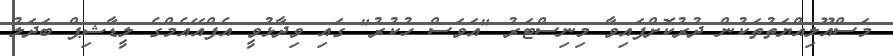
މަސްއޫލިއްޔަތުތަކުން ދުރުކޮށްފައިވާ މިނިސްޓަރު "އަވަސް ހުކުރު" ގައި ވިދާޅުވީ އެފްއޭއެމްގެ ލީޑާޝިޕް ބަދަލު